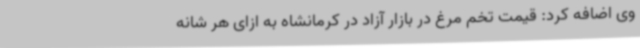
وی اضافه کرد: قیمت تخم مرغ در بازار آزاد در کرمانشاه به ازای هر شانه